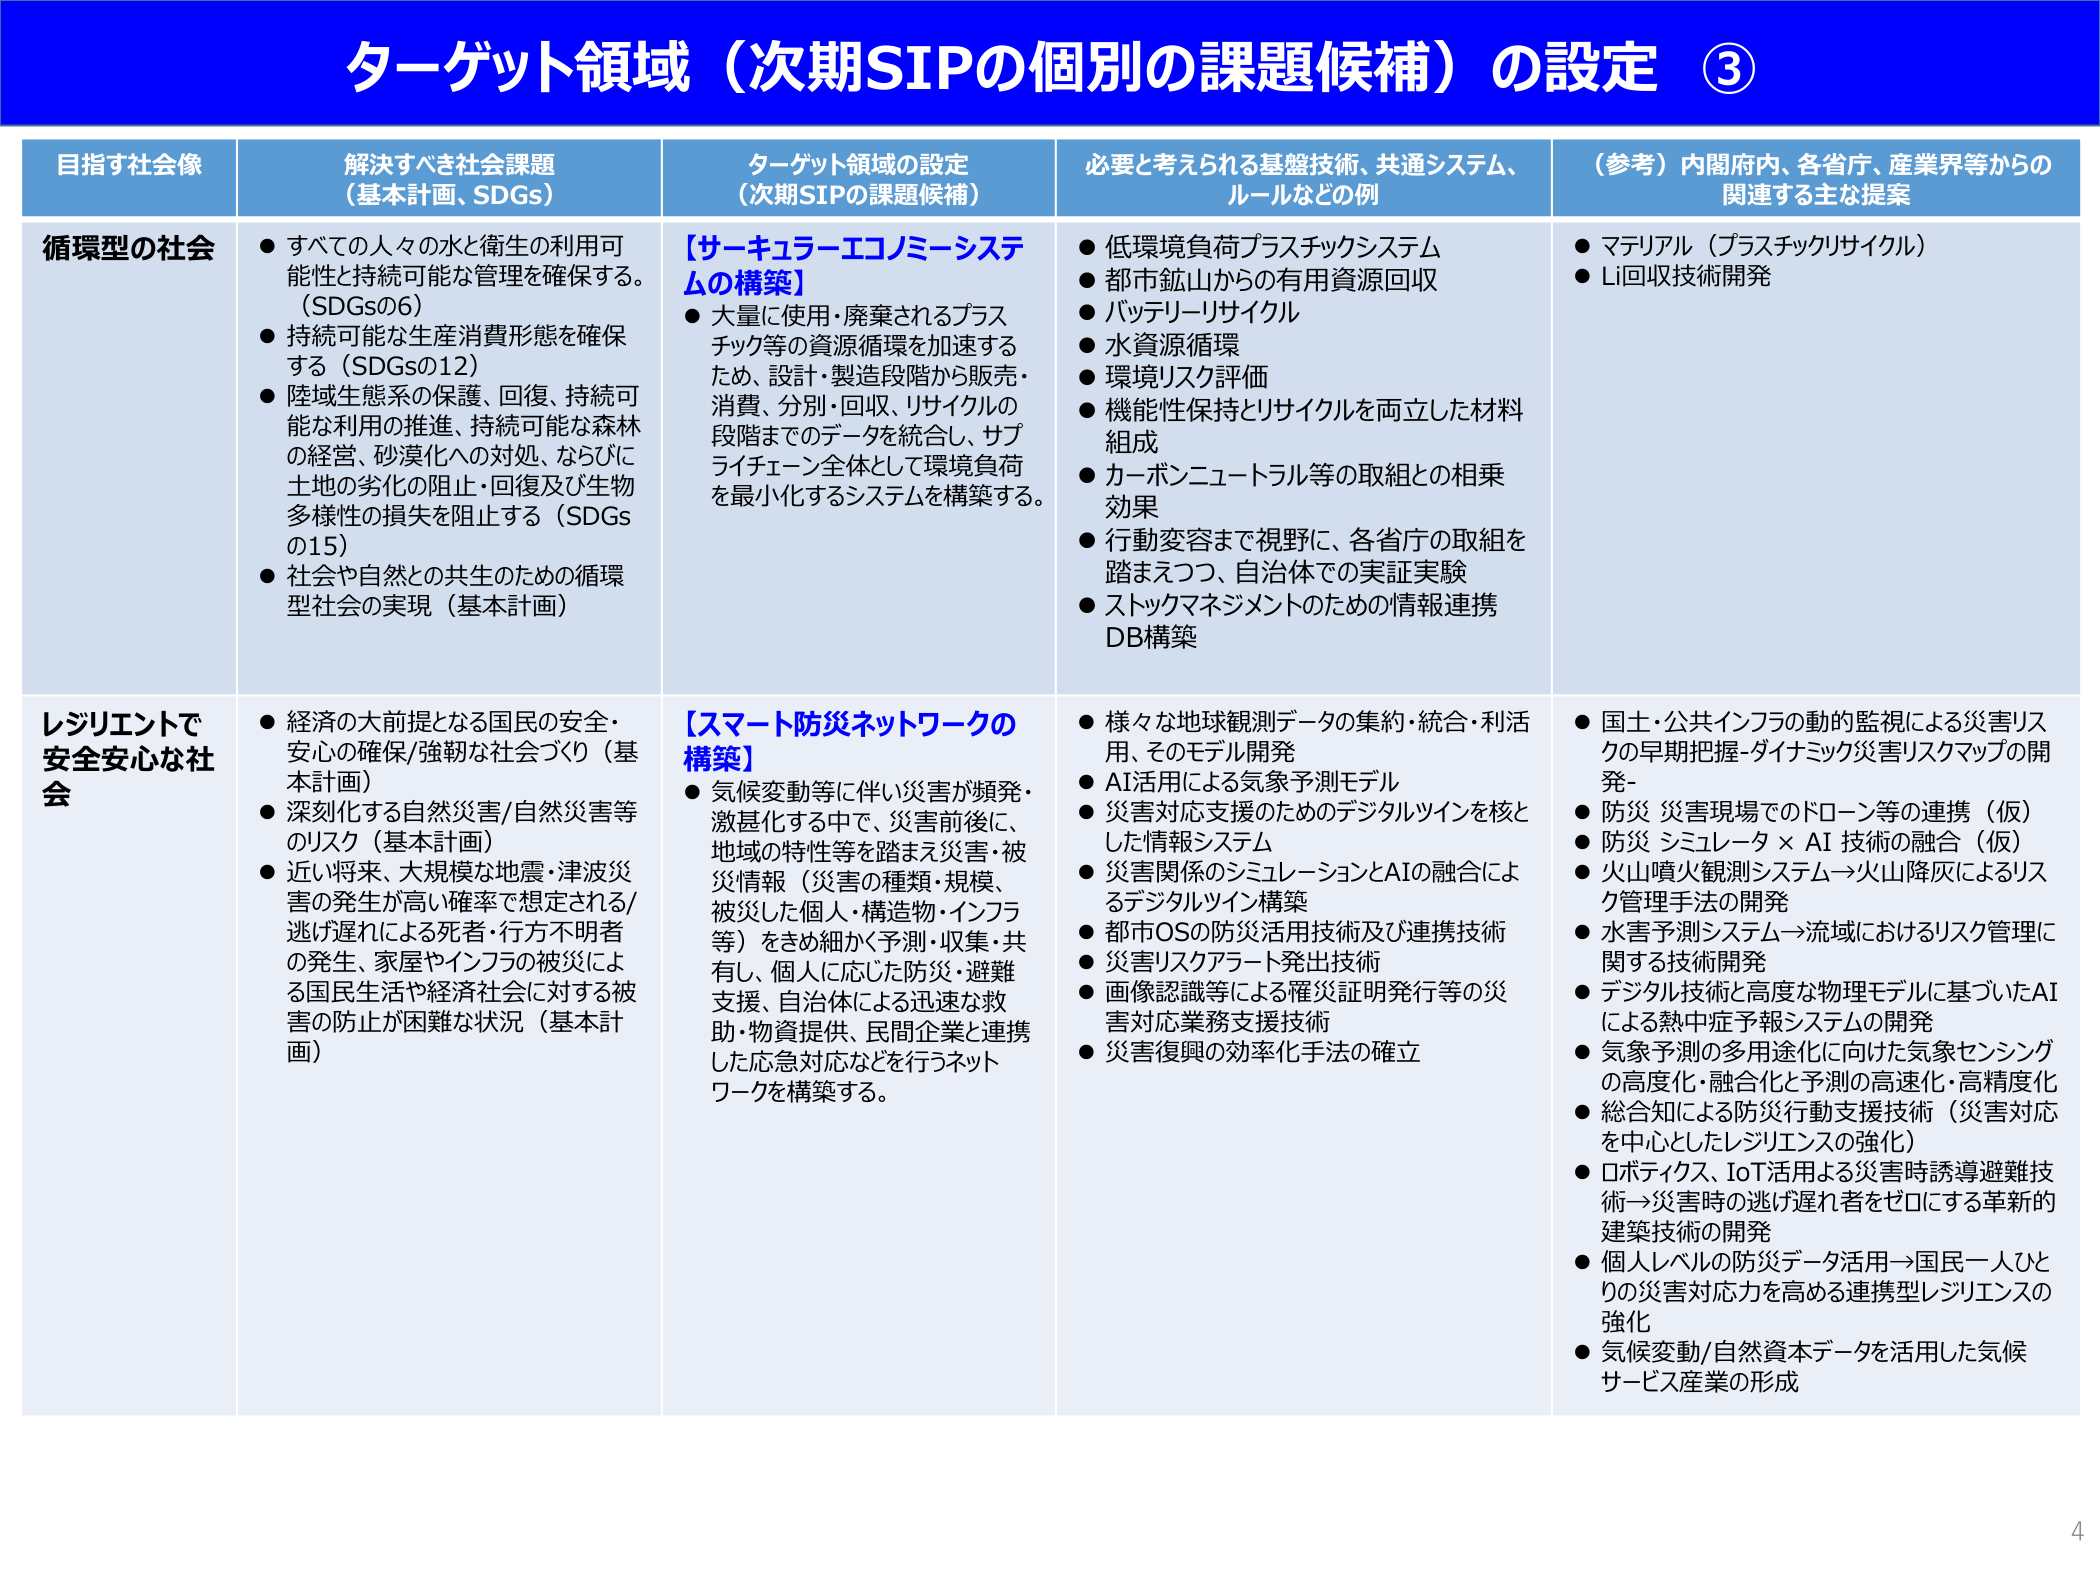
ターゲット領域（次期SIPの個別の課題候補）の設定 ③

目指す社会像 解決すべき社会課題 （基本計画、SDGs） ターゲット領域の設定 （次期SIPの課題候補） 必要と考えられる基盤技術、共通システム、 ルールなどの例 （参考）内閣府内、各省庁、産業界等からの 関連する主な提案

循環型の社会 ● すべての人々の水と衛生の利用可能性と持続可能な管理を確保する。（SDGsの6） ● 持続可能な生産消費形態を確保する（SDGsの12） ● 陸域生態系の保護、回復、持続可能な利用の推進、持続可能な森林の経営、砂漠化への対処、ならびに土地の劣化の阻止・回復及び生物多様性の損失を阻止する（SDGsの15） ● 社会や自然との共生のための循環型社会の実現（基本計画） 【サーキュラーエコノミーシステムの構築】 ● 大量に使用・廃棄されるプラスチック等の資源循環を加速するため、設計・製造段階から販売・消費、分別・回収、リサイクルの段階までのデータを統合し、サプライチェーン全体として環境負荷を最小化するシステムを構築する。 ● 低環境負荷プラスチックシステム ● 都市鉱山からの有用資源回収 ● バッテリーリサイクル ● 水資源循環 ● 環境リスク評価 ● 機能性保持とリサイクルを両立した材料組成 ● カーボンニュートラル等の取組との相乗効果 ● 行動変容まで視野に、各省庁の取組を踏まえつつ、自治体での実証実験 ● ストックマネジメントのための情報連携DB構築 ● マテリアル（プラスチックリサイクル） ● Li回収技術開発

レジリエントで安全安心な社会 ● 経済の大前提となる国民の安全・安心の確保/強靭な社会づくり（基本計画） ● 深刻化する自然災害/自然災害等のリスク（基本計画） ● 近い将来、大規模な地震・津波災害の発生が高い確率で想定される/逃げ遅れによる死者・行方不明者の発生、家屋やインフラの被災による国民生活や経済社会に対する被害の防止が困難な状況（基本計画） 【スマート防災ネットワークの構築】 ● 気候変動等に伴い災害が頻発・激甚化する中で、災害前後に、地域の特性等を踏まえ災害・被災情報（災害の種類・規模、被災した個人・構造物・インフラ等）をきめ細かく予測・収集・共有し、個人に応じた防災・避難支援、自治体による迅速な救助・物資提供、民間企業と連携した応急対応などを行うネットワークを構築する。 ● 様々な地球観測データの集約・統合・利活用、そのモデル開発 ● AI活用による気象予測モデル ● 災害対応支援のためのデジタルツインを核とした情報システム ● 災害関係のシミュレーションとAIの融合によるデジタルツイン構築 ● 都市OSの防災活用技術及び連携技術 ● 災害リスクアラート発出技術 ● 画像認識等による罹災証明発行等の災害対応業務支援技術 ● 災害復興の効率化手法の確立 ● 国土・公共インフラの動的監視による災害リスクの早期把握-ダイナミック災害リスクマップの開発- ● 防災 災害現場でのドローン等の連携（仮） ● 防災 シミュレータ × AI 技術の融合（仮） ● 火山噴火観測システム→火山降灰によるリスク管理手法の開発 ● 水害予測システム→流域におけるリスク管理に関する技術開発 ● デジタル技術と高度な物理モデルに基づいたAIによる熱中症予報システムの開発 ● 気象予測の多用途化に向けた気象センシングの高度化・融合化と予測の高速化・高精度化 ● 総合知による防災行動支援技術（災害対応を中心としたレジリエンスの強化） ● ロボティクス、IoT活用による災害時誘導避難技術→災害時の逃げ遅れ者をゼロにする革新的建築技術の開発 ● 個人レベルの防災データ活用→国民一人ひとりの災害対応力を高める連携型レジリエンスの強化 ● 気候変動/自然資本データを活用した気候サービス産業の形成

4